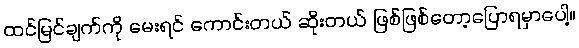
ထင်မြင်ချက်ကို မေးရင် ကောင်းတယ် ဆိုးတယ် ဖြစ်ဖြစ်တော့ပြောရမှာပေါ့။